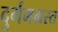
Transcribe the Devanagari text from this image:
दुर्गमग्रस्त